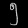
Digit: ၅